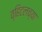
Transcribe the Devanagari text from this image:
व्हिटलच्या